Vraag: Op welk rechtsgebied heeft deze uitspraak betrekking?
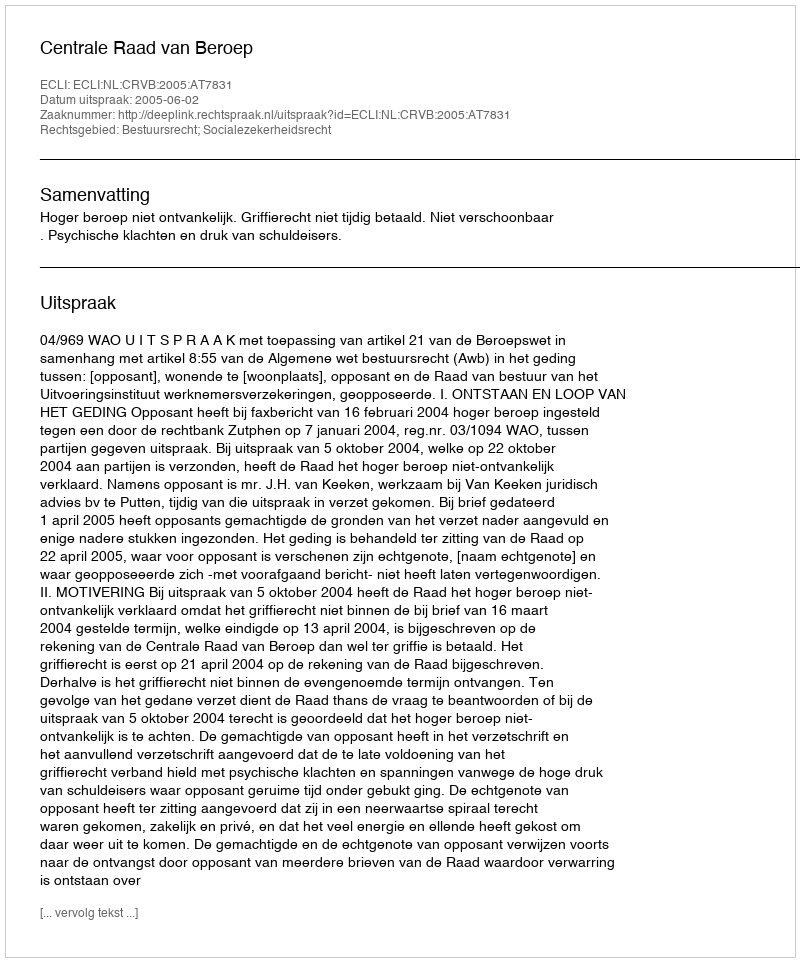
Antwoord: Bestuursrecht; Socialezekerheidsrecht